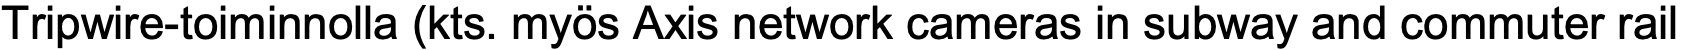
Tripwire-toiminnolla (kts. myös Axis network cameras in subway and commuter rail